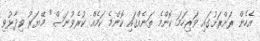
އެހެން ރަށްރަށުގައި ވަރިހަމަ ކޮންމެ ތަނެއްގައި ކޮންމެ ކަމެއް ކުރެވުނަސް" މޭޔަރު ވިދާޅުވި